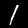
Label: 1